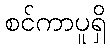
စင်ကာပူရှိ